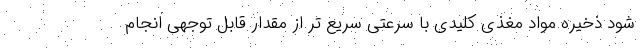
شود ذخیره مواد مغذی کلیدی با سرعتی سریع تر از مقدار قابل توجهی انجام